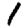
Digit: 1